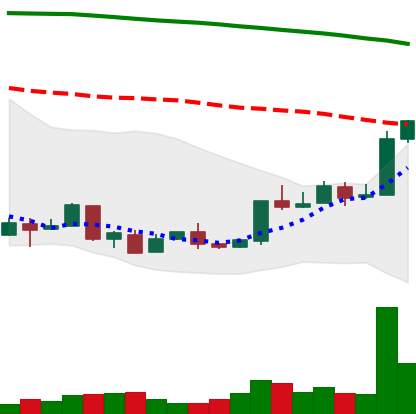
Ticker: XMR-USD
Chart end date: 2018-04-19
Forward return: 24.069%
Label: up_7plus